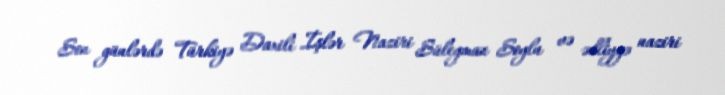
Son günlərdə Türkiyə Daxili İşlər Naziri Süleyman Soylu və ədliyyə naziri